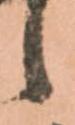
候